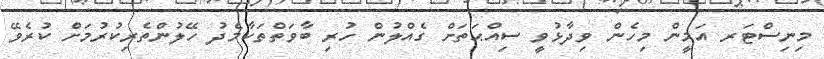
މިނިސްޓަރ އަމީން މިހެން ވިދާޅުވީ ސިއްޙަތަށް ގެއްލުން ހުރި ބާވަތްތަކާމެދު ހޭލުންތެރިކުރުމަށް ކުރެވޭ